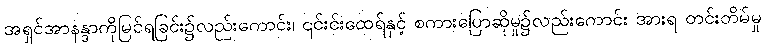
အရှင်အာနန္ဒာကိုမြင်ရခြင်း၌လည်းကောင်း၊ ၎င်းင်းထေရ်နှင့် စကားပြောဆိုမှု၌လည်းကောင်း အားရ တင်းတိမ်မှု